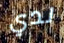
لدي